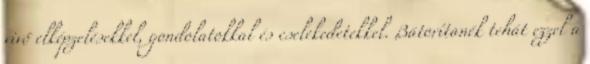
vivő elképzelésekkel, gondolatokkal és cselekedetekkel. Bátorítanék tehát ezzel a